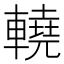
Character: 𨎬